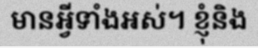
មានអ្វីទាំងអស់។ ខ្ញុំនិង